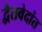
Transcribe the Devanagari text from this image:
द्वैतवेदांत